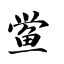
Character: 鲎